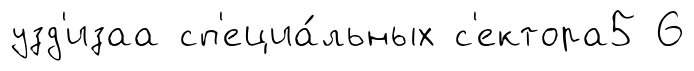
узд'изаа сп'ециа́льных с'ектора5 6